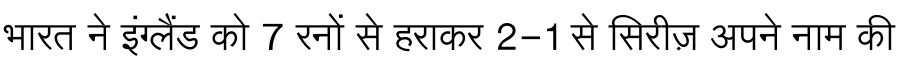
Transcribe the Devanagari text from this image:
भारत ने इंग्लैंड को 7 रनों से हराकर 2-1 से सिरीज़ अपने नाम की